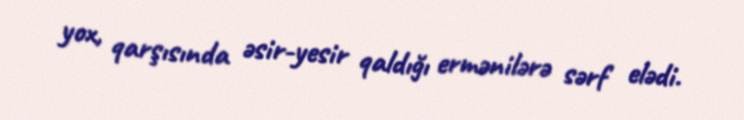
yox, qarşısında əsir-yesir qaldığı ermənilərə sərf elədi.